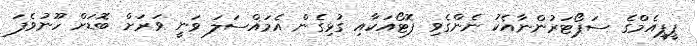
ޕީޕީއެމްގެ ސަޕޯޓަރުންނާއެކު ނެންގެވި ފޮޓޯއަކާާއި ގުޅިގެން އެމައްސަލަ ވަނީ ވަރަށް ބޮޑަށް ހޫނުވެފަ